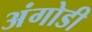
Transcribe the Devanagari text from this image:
अंगोडी